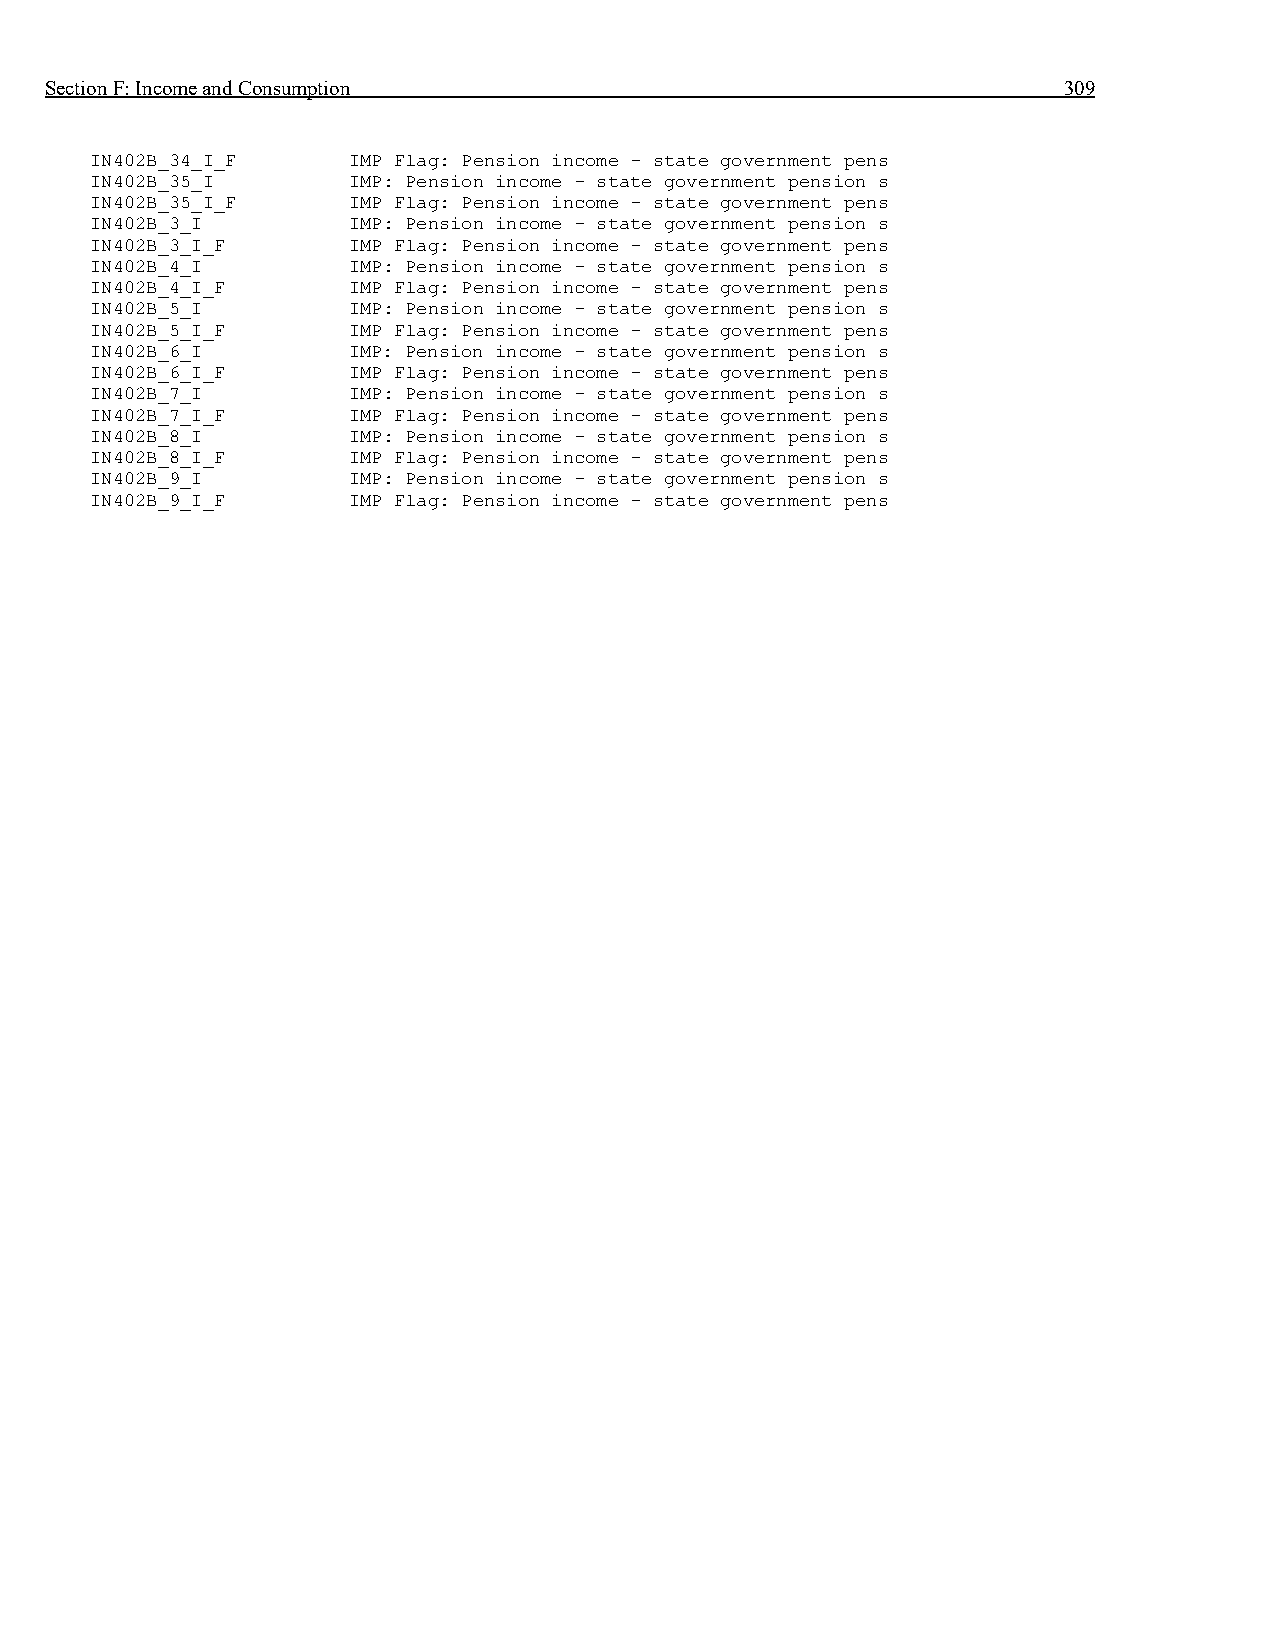
Section F: Income and Consumption                                  309
 IN402B_34_I_F    IMP Flag: Pension income - state government pens
 IN402B_35_I      IMP: Pension income - state government pension s
 IN402B_35_I_F    IMP Flag: Pension income - state government pens
 IN402B_3_I       IMP: Pension income - state government pension s
 IN402B_3_I_F     IMP Flag: Pension income - state government pens
 IN402B_4_I       IMP: Pension income - state government pension s
 IN402B_4_I_F     IMP Flag: Pension income - state government pens
 IN402B_5_I       IMP: Pension income - state government pension s
 IN402B_5_I_F     IMP Flag: Pension income - state government pens
 IN402B_6_I       IMP: Pension income - state government pension s
 IN402B_6_I_F     IMP Flag: Pension income - state government pens
 IN402B_7_I       IMP: Pension income - state government pension s
 IN402B_7_I_F     IMP Flag: Pension income - state government pens
 IN402B_8_I       IMP: Pension income - state government pension s
 IN402B_8_I_F     IMP Flag: Pension income - state government pens
 IN402B_9_I       IMP: Pension income - state government pension s
 IN402B_9_I_F     IMP Flag: Pension income - state government pens